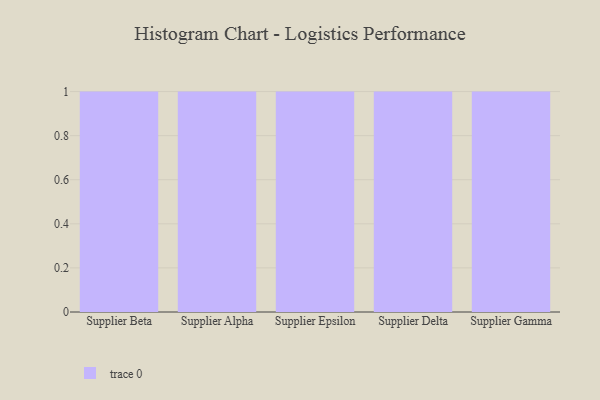
{"axis": {"x": "Supplier", "y": "Tickets Resolved"}, "legend": [""], "data": [{"x": "Supplier Beta", "y": 84, "type": ""}, {"x": "Supplier Alpha", "y": 39, "type": ""}, {"x": "Supplier Epsilon", "y": 46, "type": ""}, {"x": "Supplier Delta", "y": 62, "type": ""}, {"x": "Supplier Gamma", "y": 13, "type": ""}]}